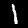
Label: 1